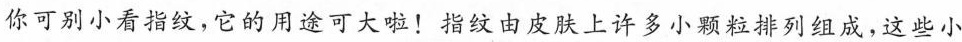
你可别小看指纹，它的用途可大啦！指纹由皮肤上许多小颗粒排列组成，这些小